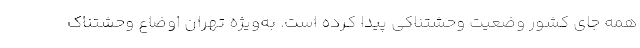
همه جای کشور وضعیت وحشتناکی پیدا کرده است. به‌ویژه تهران اوضاع وحشتناک